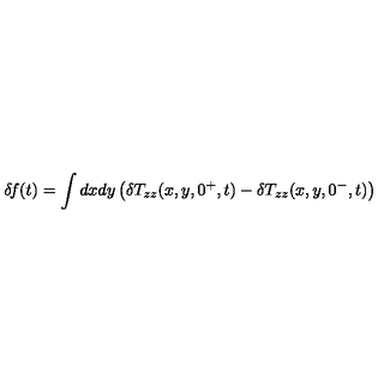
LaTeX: \delta \! f ( t ) = \int d x d y \left( \delta T _ { z z } ( x , y , 0 ^ { + } , t ) - \delta T _ { z z } ( x , y , 0 ^ { - } , t ) \right)